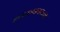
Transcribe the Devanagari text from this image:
डायनामायटाचा